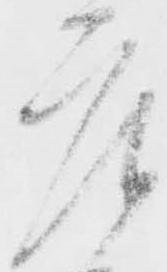
庄